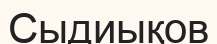
Сыдиықов